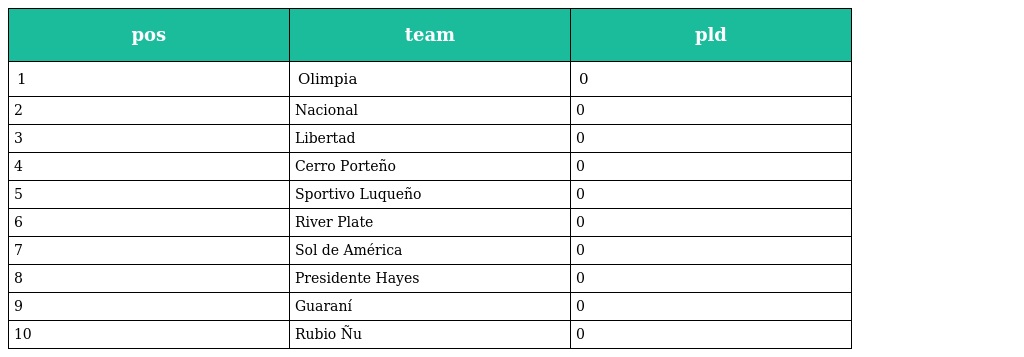
| pos | team | pld |
 | --- | --- | --- |
 | 1 | Olimpia | 0 |
 | 2 | Nacional | 0 |
 | 3 | Libertad | 0 |
 | 4 | Cerro Porteño | 0 |
 | 5 | Sportivo Luqueño | 0 |
 | 6 | River Plate | 0 |
 | 7 | Sol de América | 0 |
 | 8 | Presidente Hayes | 0 |
 | 9 | Guaraní | 0 |
 | 10 | Rubio Ñu | 0 |